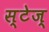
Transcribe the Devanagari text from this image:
स्टेज्